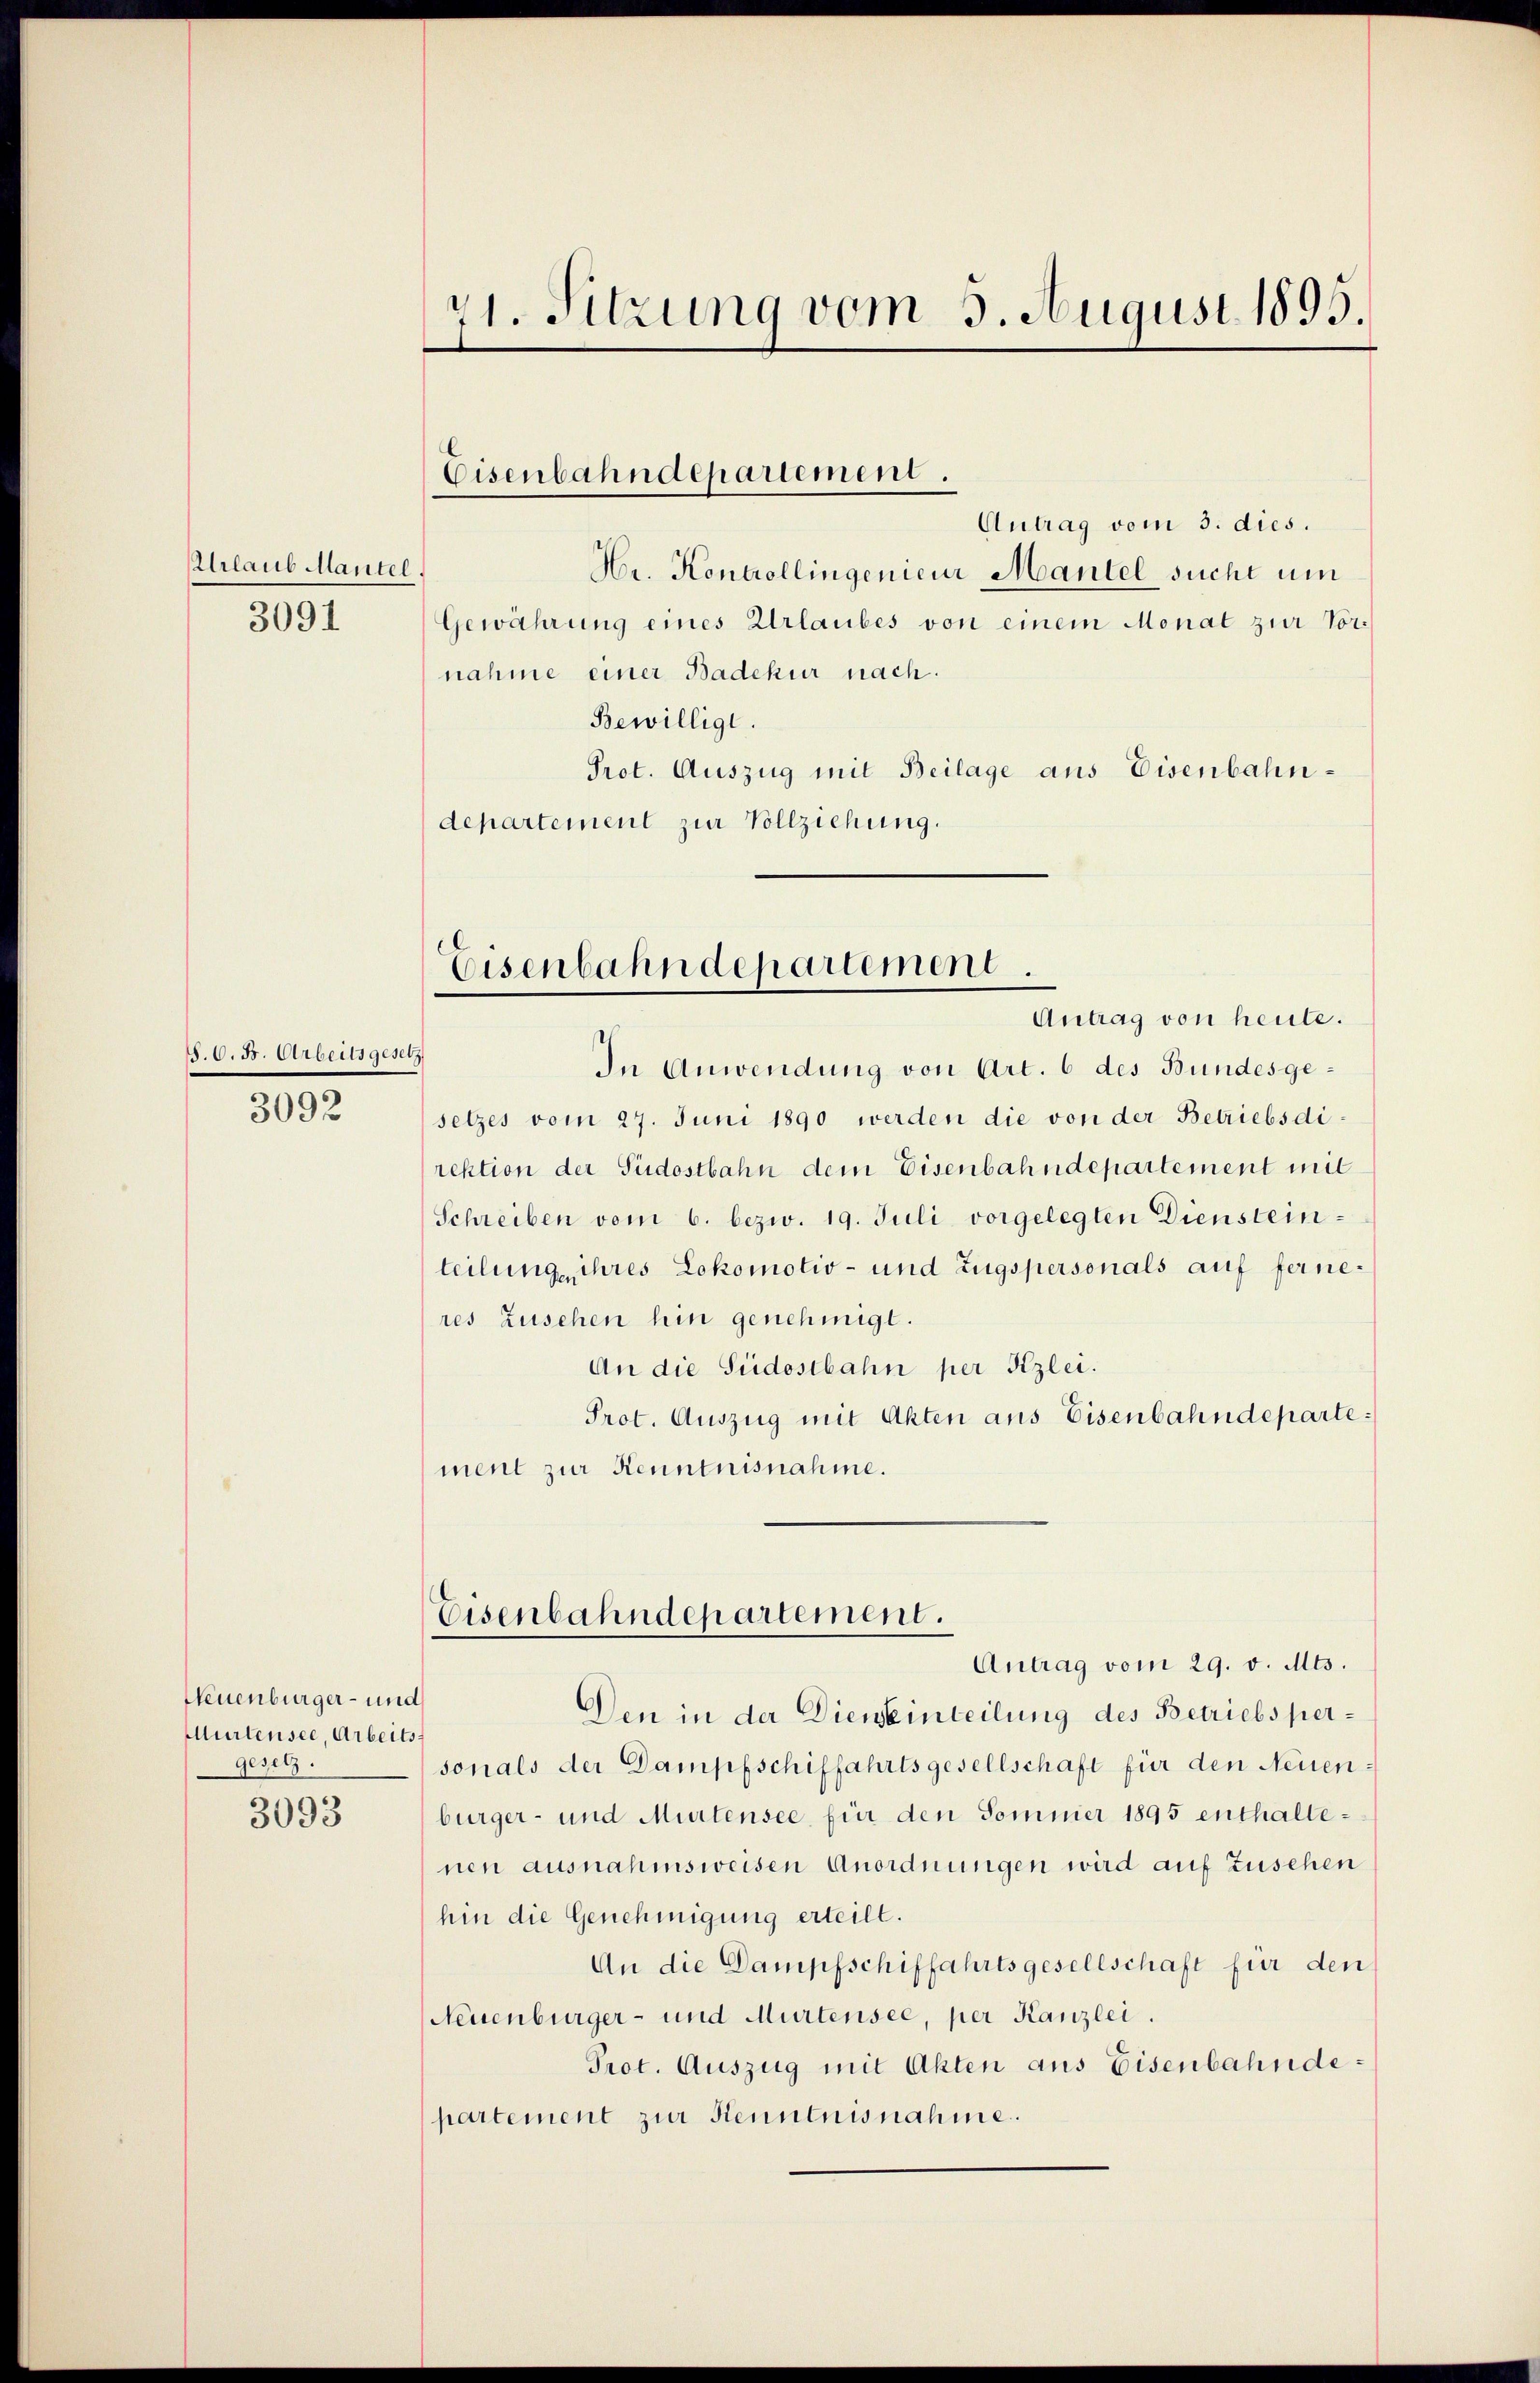
Urlaub Mantel.
3091

S. O. B. Arbeits gesetz

3092

Neuenburger- und
Murtensee, Arbeits
gesetz.

3093

Antrag vom 3. dies.
Hr. Kontrollingenieur Mantel sucht um
Gewahrung eines Urlaubes von einem Monat zur Vornahme einer Badehur nach.
Bewilligt.
Prot. Auszug mit Beilage aus Eisenbahndepartement zur Vollziehung.

21. Sitzung vom 3. August 1895.

Eisenbahndepartement.

Antrag von heute.
In Anwendung von Art. 6 des Bundesgesetzes vom 27. Juni 1890 werden die von der Betriebsdi
rektion der Südostbahn dem Eisenbahndepartement mit
Schreiben vom 6. bezw. 19. Juli vorgelegten Diensteinteilung ihres Lokomotiv- und Zugspersonals auf ferneres Zusehen hin genehmigt.
An die Südostbahn per Kzlei.
Prot. Auszug mit Akten aus Eisenbahndepartement zur Kenntnisnahme.

Eisenbahndepartement

Eisenbahndepartement.

Antrag vom 29. v. Mts.
Den in der Dieneinteilung des Betriebspersonals der Dampfschiffahrtsgesellschaft für den Neuen
bürger- und Murtensee, für den Sommer 1895 enthaltenen ausnahmsweisen Anordnungen wird auf Zusehen
hin die Genehmigung erteilt.
An die Dampfschiffahrtsgesellschaft für den
Neuenburger- und Murtensee, per Kanzlei.
Prot. Auszug mit Akten aus Eisenbahnde
partement zur Kenntnisnahme.